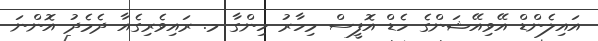
އައިލެންޑް އޭވިއޭޝަންގެ ހެޑް އޮފީސް މިހާރު ހިންގާ މ. ރައިވެރިގެއާ ދެމެދު އޮންނަ